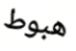
هبوط